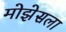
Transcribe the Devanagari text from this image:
मोझेसला